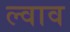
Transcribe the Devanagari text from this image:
ल्वाव